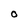
Character: o